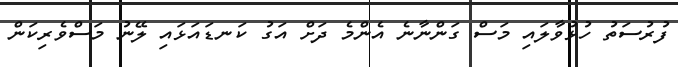
ފުރުސަތު ހުޅުވާލައި މަސް ގަންނާނެ އެންމެ ދަށް އަގު ކަނޑައަޅައި ލޭނު މަސްވެރިކަން